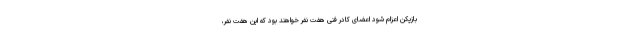
بازیکن اعزام شود اعضای کادر فنی هفت نفر خواهند بود که این هفت نفر،